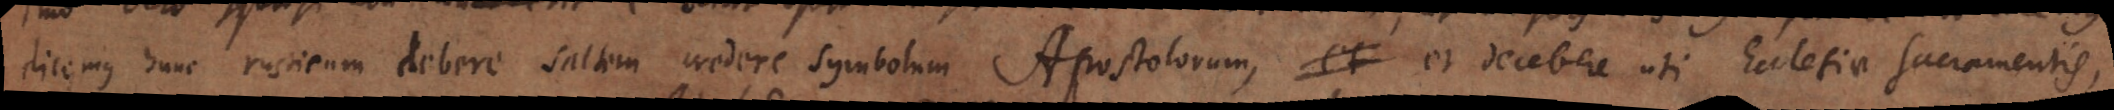
Dicemus hunc rusticum debere saltem credere Symbolum Apostolorum, et et debere uti Ecclesiae sacramentis,